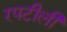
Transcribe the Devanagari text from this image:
रपटीली